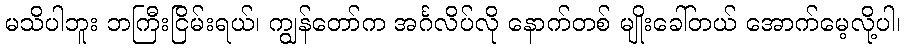
မသိပါဘူး ဘကြီးငြိမ်းရယ်၊ ကျွန်တော်က အင်္ဂလိပ်လို နောက်တစ် မျိုးခေါ်တယ် အောက်မေ့လို့ပါ၊